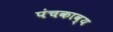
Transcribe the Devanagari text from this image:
पंचकाव्य